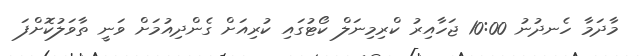
މާދަމާ ހެނދުނު 10:00 ޖަހާއިރު ކްރިމިނަލް ކޯޓުގައި ކުރިއަށް ގެންދިއުމަށް ވަނީ ތާވަލުކޮށްފަ